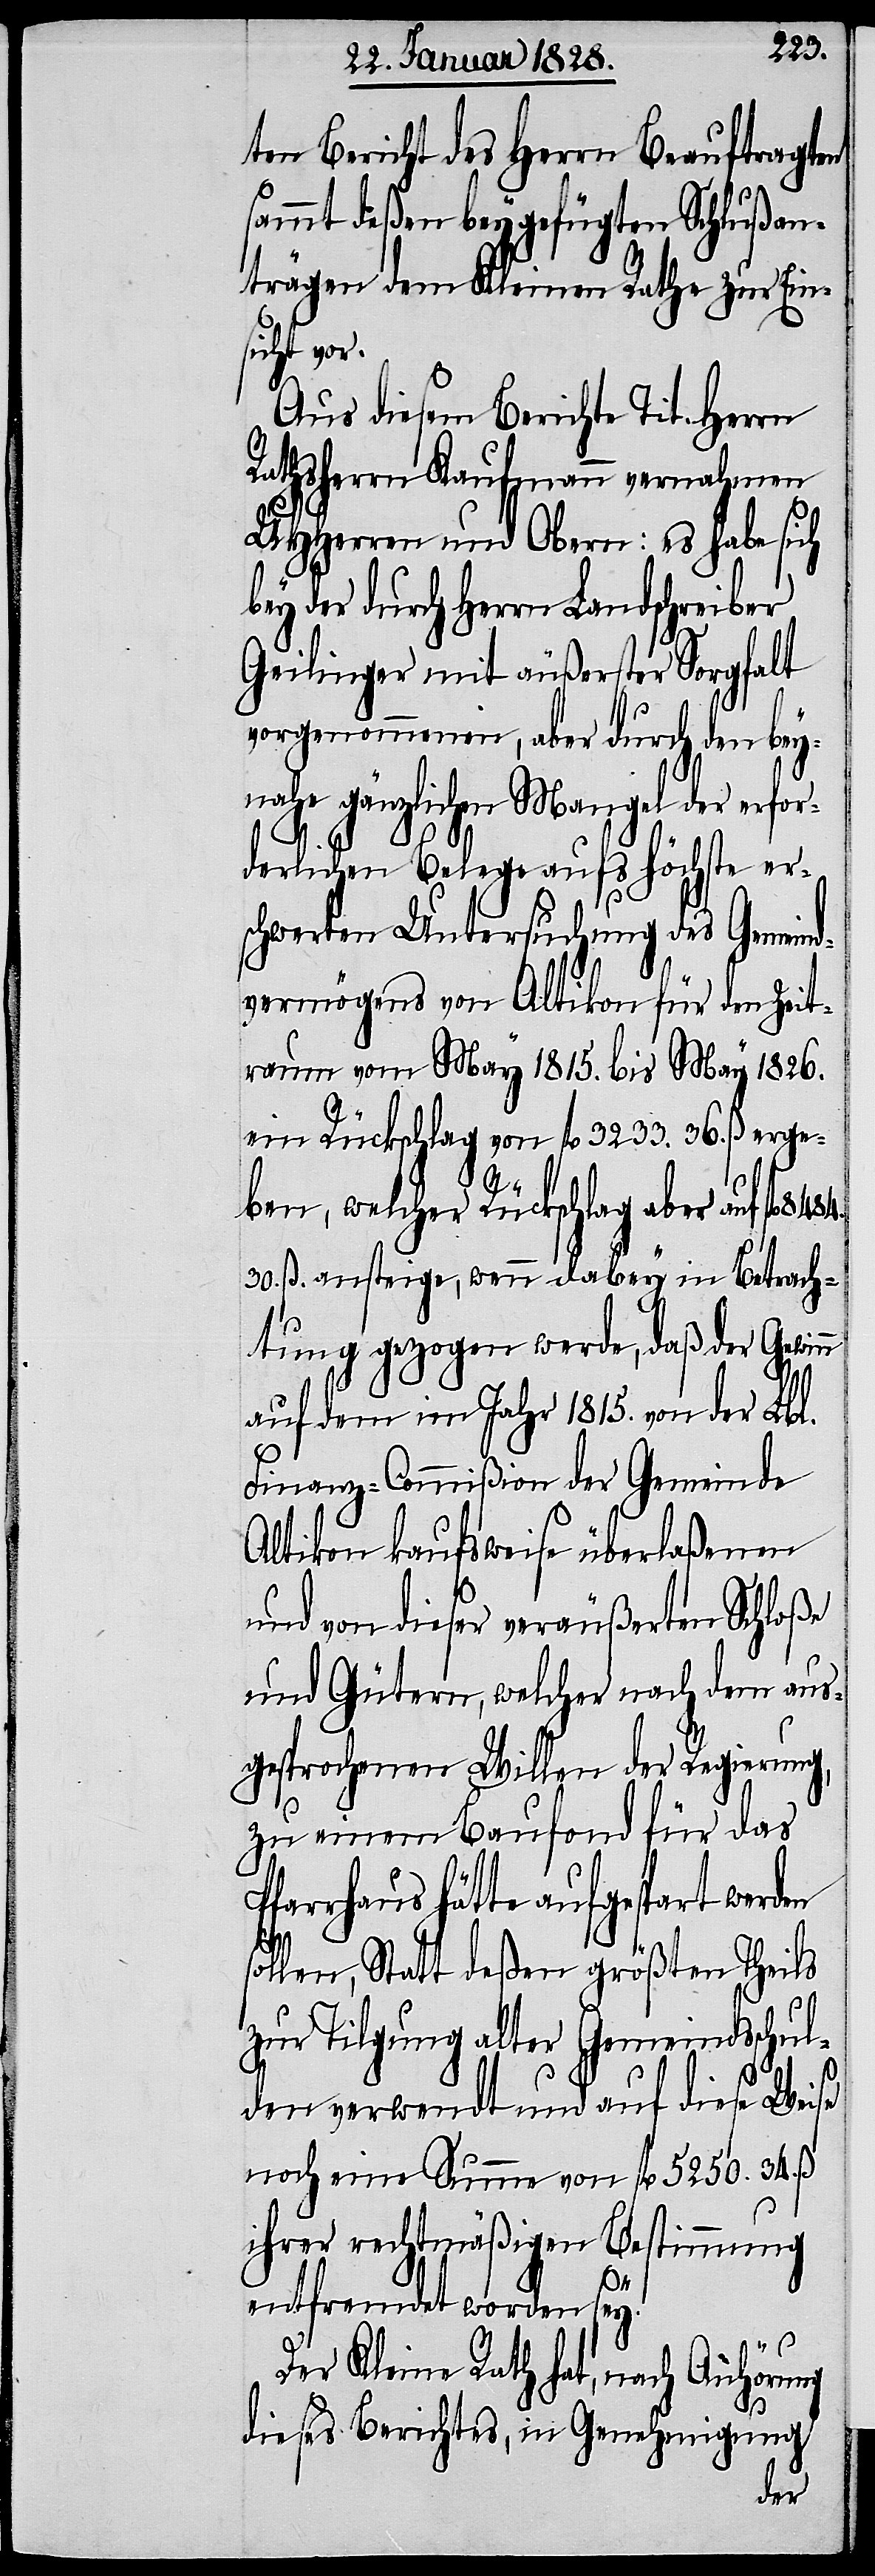
ten Bericht des Herrn Beauftragten
sammt deßen beygefügten Schlußan¬
trägen dem Kleinen Rathe zur Eins¬
icht vor.
Aus diesem Berichte Tit. Herrn
Rathsherrn Kaufmann vernahmen
UHHerren und Obern: es habe sich
bey der durch Herrn Landschreiber
Geilinger mit äußerster Sorgfalt
vorgenommenen, aber durch den bey¬
nahe gänzlichen Mangel der erfor¬
derlichen Belege aufs höchste er¬
schwerten Untersuchung des Gemeind¬
vermögens von Altikon für den Zeit¬
raum vom May 1815. bis May 1826.
ein Rückschlag von fl. 3233. 36.ß erge¬
ben, welcher Rückschlag aber auf fl
30.ß ansteige, wenn dabey in Betrach¬
tung gezogen werde, daß der Gewinn
auf dem im Jahr 1815. von der Lbl.
Finanz-Commißion der Gemeinde
Altikon kaufsweise überlaßenen
und von dieser veräußerten Schloße
und Gütern, welcher nach dem aus¬
gesprochenen Willen der Regierung,
zu einem Baufond für das
Pfarrhaus hätte aufgespart werden
sollen, Statt deßen größten Theils
zur Tilgung alter Gemeindsschul¬
den verwendet und auf diese Weise
noch eine Summe von fl 5250. 34.ß
ihrer rechtmäßigen Bestimmung
entfremdet worden sey.
Der Kleine Rath hat, nach Anhörung
dieses Berichtes, in Genehmigung